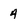
Character: 4